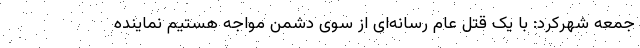
جمعه شهرکرد: با یک قتل عام رسانه‌ای از سوی دشمن مواجه هستیم نماینده